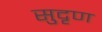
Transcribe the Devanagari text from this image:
सुदृण